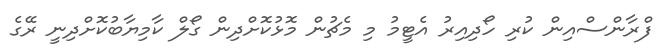
ފްރާންސްއިން ކުރި ހޯދިއިރު އެޓީމު މި މެޗުން މޮޅުކޮށްދިން ގޯލް ކާމިޔާބުކޮށްދިނީ ރޭގެ